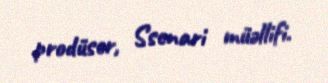
prodüser, Ssenari müəllifi.